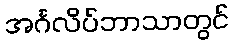
အင်္ဂလိပ်ဘာသာတွင်